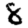
Digit: 8